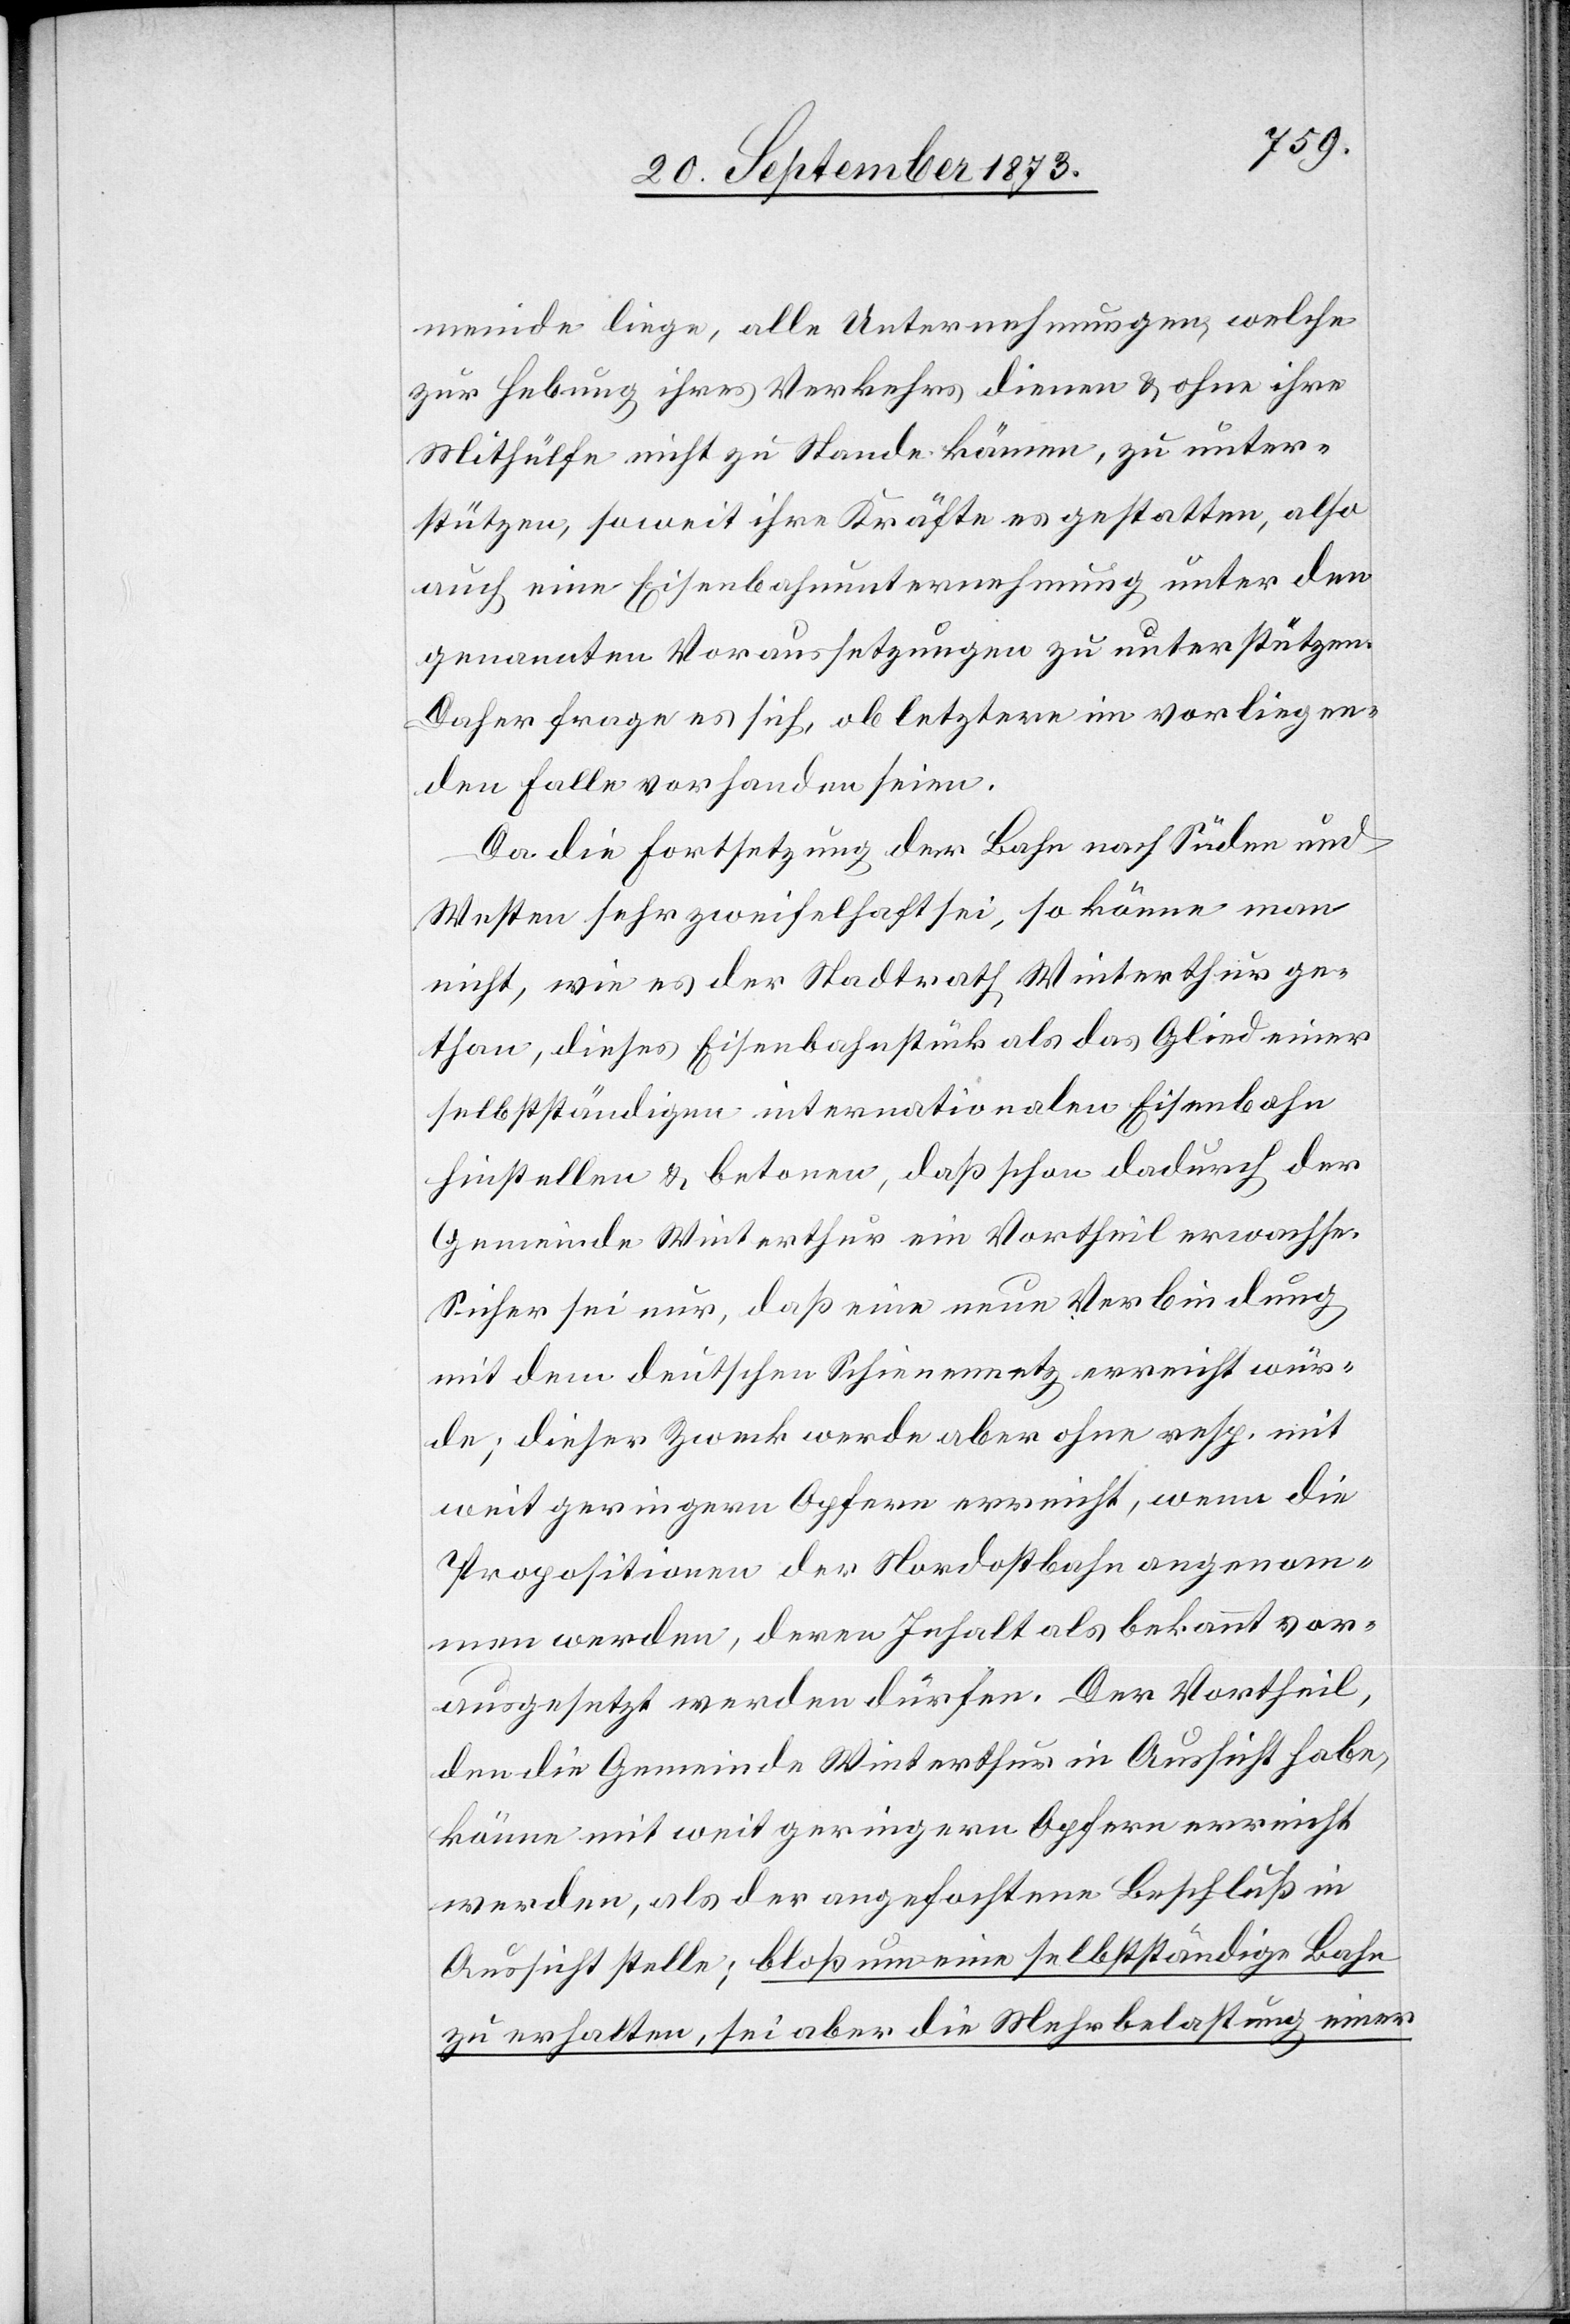
meinde liege, alle Unternehmungen, welche
zur Hebung ihre Verkehrs dienen & ohne ihre
Mithülfe nicht zu Stande kämen, zu unter¬
stützen, soweit ihre Kräfte es gestatten, also
auch eine Eisenbahnunternehmung unter den
genannten Voraussetzungen zu unterstützen.
Daher frage es sich, ob letztere im vorliegen¬
den Falle vorhanden seien.
Da die Fortsetzung der Bahn nach Süden und
Westen sehr zweifelhaft sei, so könne man
nicht, wie es der Stadtrath Winterthur ge¬
than, dieses Eisenbahnstück als das Glied einer
selbstständigen internationalen Eisenbahn
hinstellen & betonen, daß schon dadurch der
Gemeinde Winterthur ein Vortheil erwachse.
Sicher sei nur, daß eine neue Verbindung
mit dem deutschen Schienennetz erreicht wür¬
de; diese Zweck werde aber ohne resp. mit
weit geringern Opfern erreicht, wenn die
Propositionen der Nordostbahn angenom¬
men werden, deren Inhalt als bekannt vor¬
ausgesetzt werden dürfen. Der Vortheil,
den die Gemeinde Winterthur in Aussicht habe,
könne mit weit geringern Opfern erreicht
werden, als der angefochtene Beschluß in
Aussicht stelle; bloß um eine selbstständige Bahn
zu erhalten, sei aber die Mehrbelastung einer